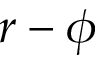
r - \phi